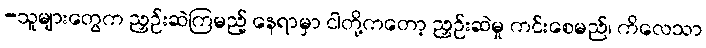
-သူများတွေက ညှဉ်းဆဲကြမည့် နေရာမှာ ငါတို့ကတော့ ညှဉ်းဆဲမှု ကင်းစေမည်၊ ကိလေသာ